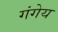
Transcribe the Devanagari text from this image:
गंगेय